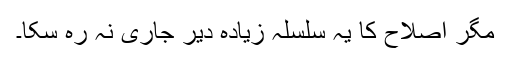
مگر اصلاح کا یہ سلسلہ زیادہ دیر جاری نہ رہ سکا۔